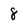
Character: 8